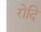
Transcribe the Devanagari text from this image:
रोदि